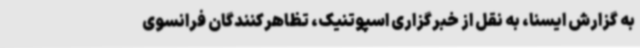
به گزارش ایسنا، به نقل از خبرگزاری اسپوتنیک، تظاهرکنندگان فرانسوی